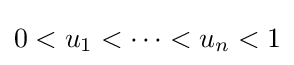
0<u_{1}<\cdots <u_{n}<1